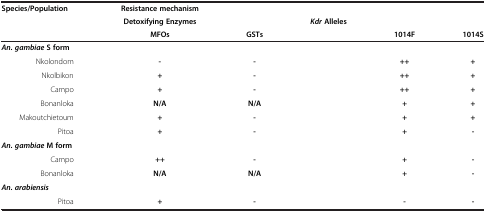
| Species/Population | Resistance mechanism |  |  |  |  |
 |  | Detoxifying Enzymes |  | KdrAlleles |  |  |
 |  | MFOs | GSTs |  | 1014F | 1014S |
 | --- | --- | --- | --- | --- | --- |
 | An. gambiaeS form |  |  |  |  |  |
 | Nkolondom | - | - |  | ++ | + |
 | Nkolbikon | + | - |  | ++ | + |
 | Campo | + | - |  | ++ | + |
 | Bonanloka | N/A | N/A |  | + | + |
 | Makoutchietoum | + | - |  | + | + |
 | Pitoa | + | - |  | + | - |
 | An. gambiaeM form |  |  |  |  |  |
 | Campo | ++ | - |  | + | - |
 | Bonanloka | N/A | N/A |  | + | - |
 | An. arabiensis |  |  |  |  |  |
 | Pitoa | + | - |  | - | - |